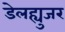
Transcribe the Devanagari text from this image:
डेलह्युजर